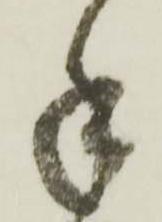
手